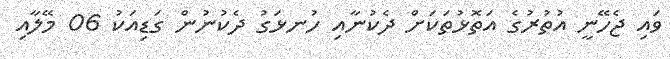
ވައި ޖެހޭނީ އުތުރުގެ އަތޮޅުތަކަށް ދެކުނާއި ހުނޅަގު ދެކުނުން ގަޑިއަކު 06 މޭލާއި